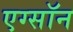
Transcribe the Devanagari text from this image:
एग्सॉन